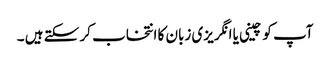
آپ کو چینی یا انگریزی زبان کا انتخاب کر سکتے ہیں ۔